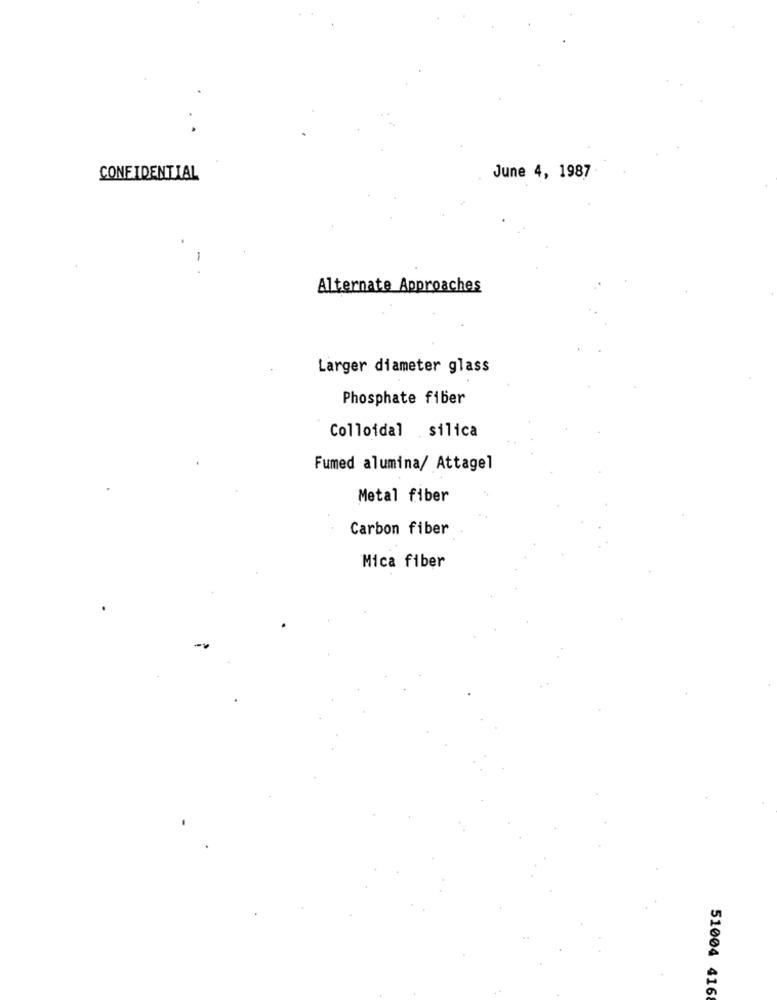
CONFIDENTIAL
June 4, 1987
Alternate Approaches
Larger diameter glass
Phosphate fiber
Colloidal silica
Fumed alumina/ Attagel
Metal fiber
Carbon fiber
Mica fiber
51004 416